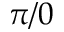
\pi / 0